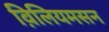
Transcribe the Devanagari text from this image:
व़िलियमसन